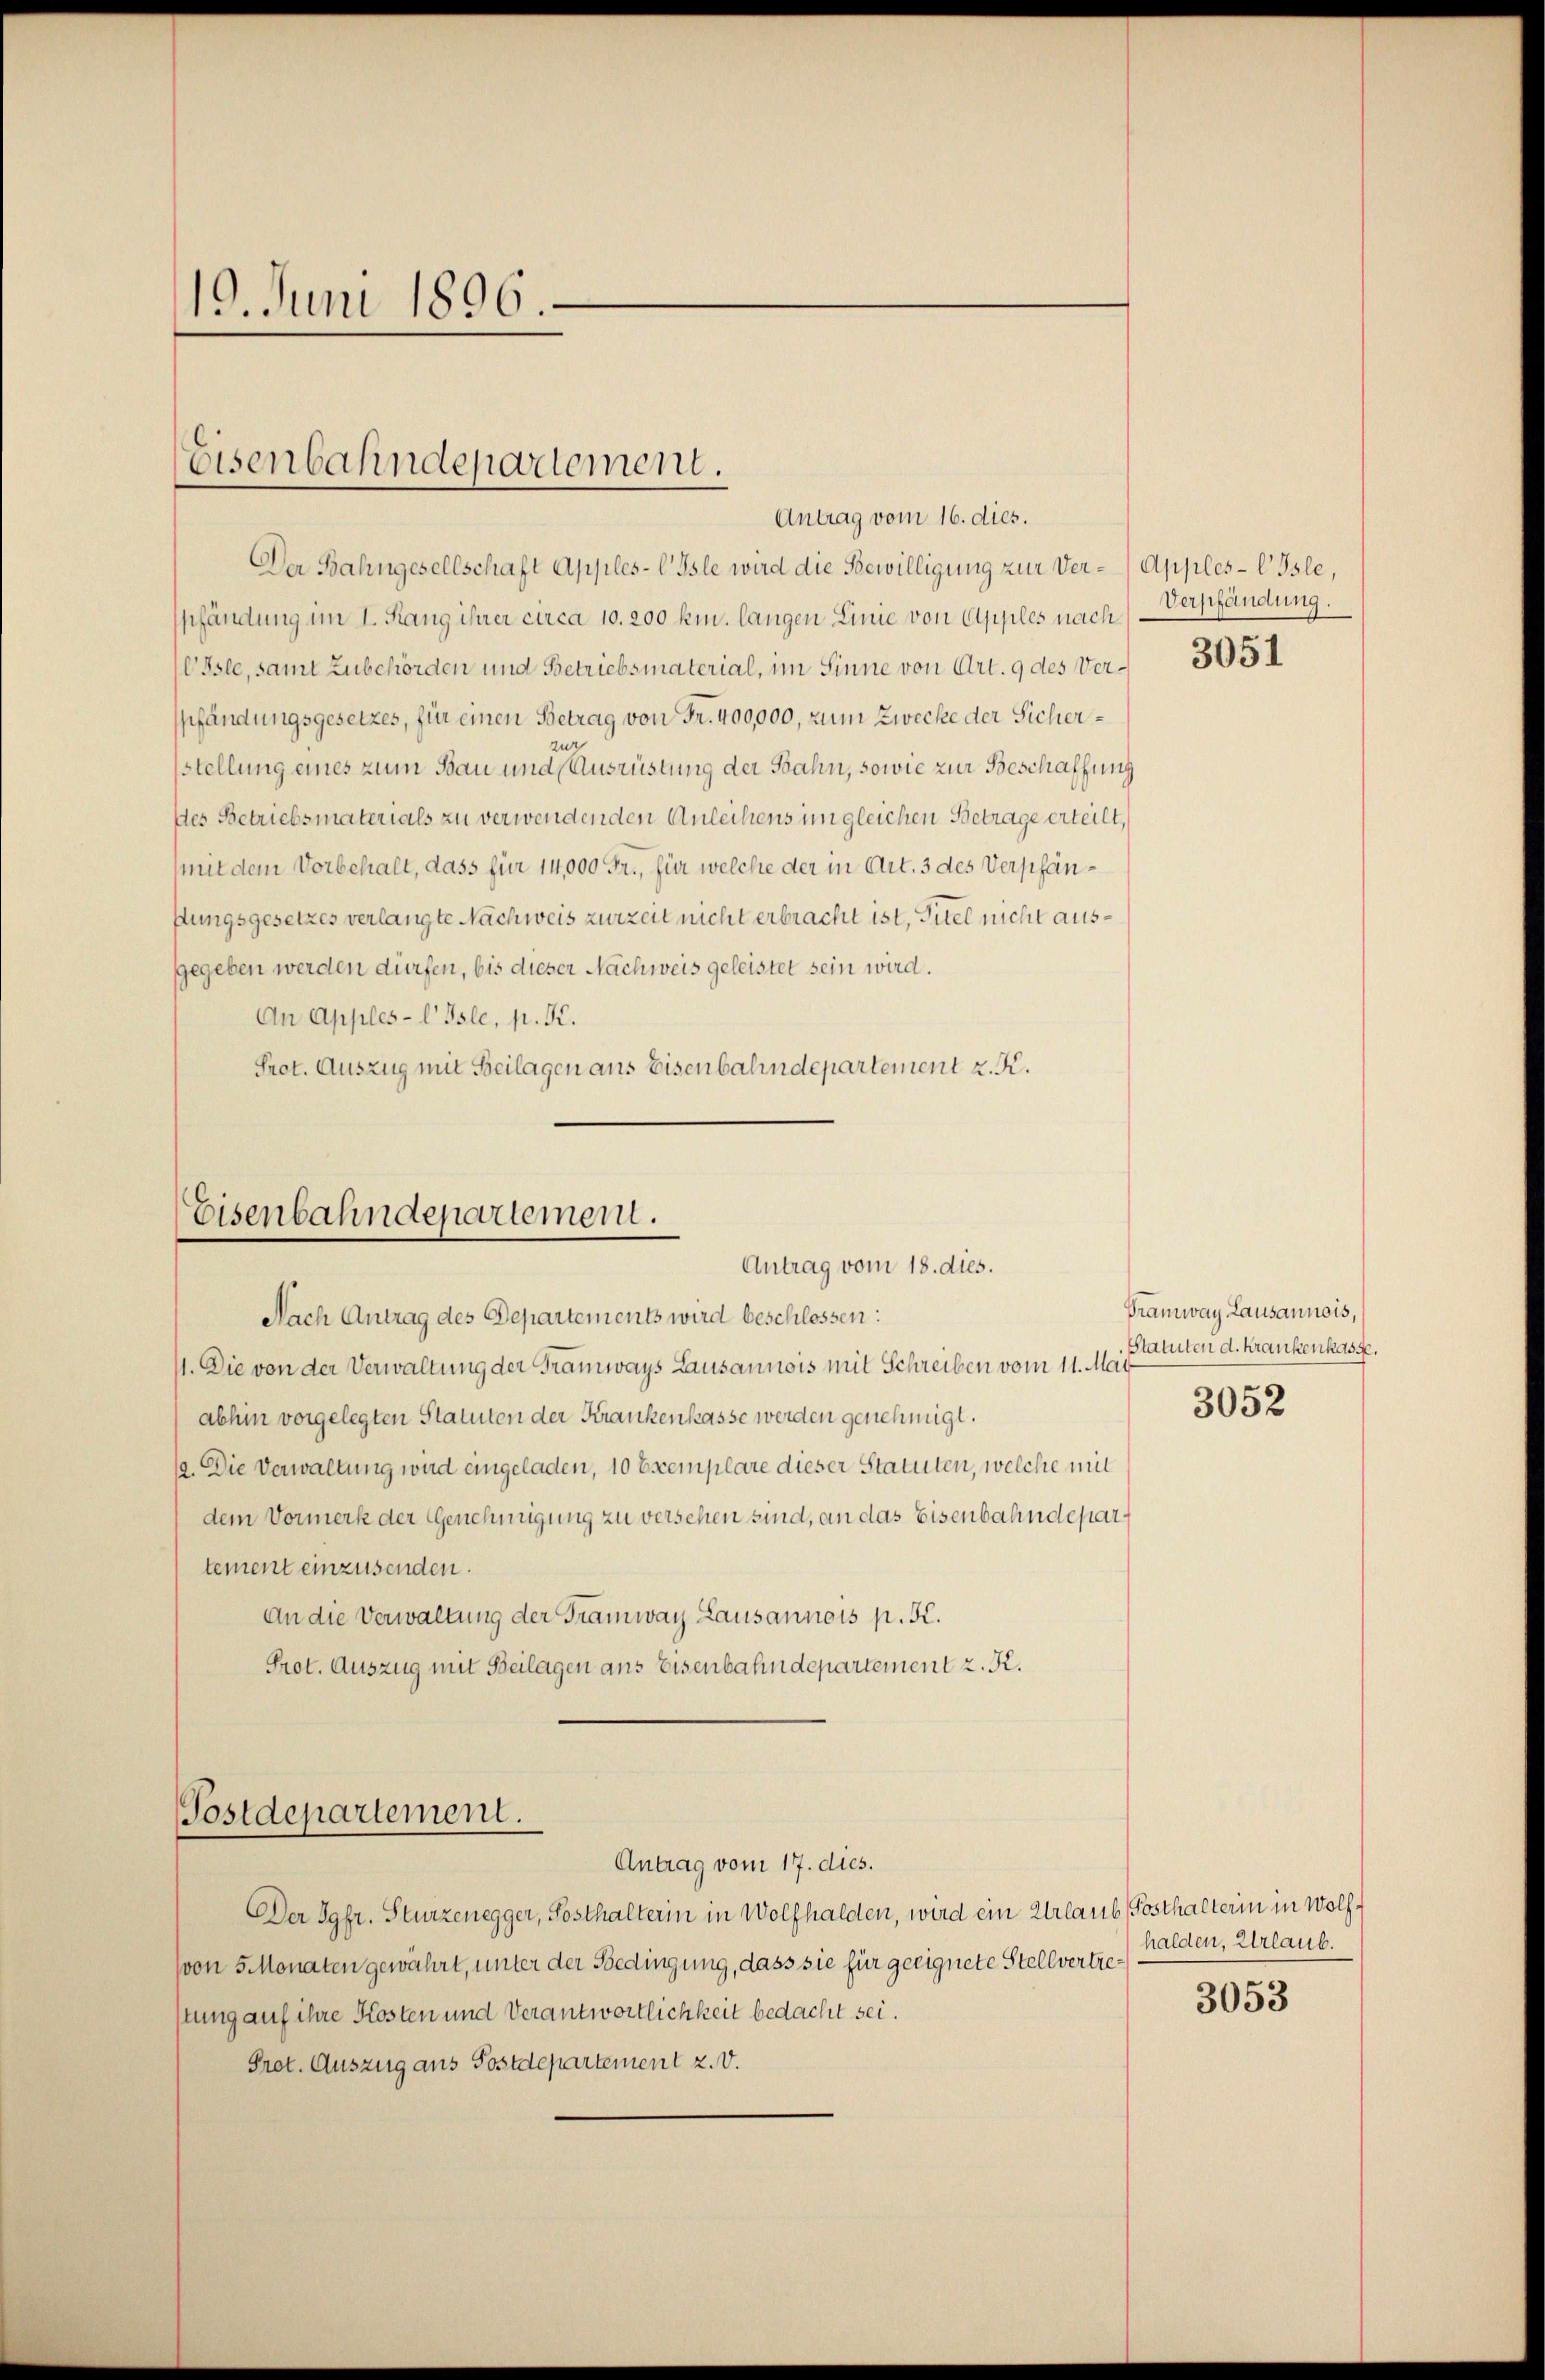
19. Juni 1896.

Eisenbahndepartement.
Antrag vom 16. dies.

Der Bahngesellschaft Apples-CIsle wird die Bewilligung zur Ver-Apples-CIsle,
spfändung im I. Rang ihrer circa 10. 200 km. langen Linie von Apples nach
Isle, samt Zubehörden und Betriebsmaterial, im Sinne von Art. 9 des Verpfändungsgesetzes, für einen Betrag von Fr. 400,000, zum Zwecke der Sicherzur
stellung eines zum Bau und Ausrüstung der Bahn, sowie zur Beschaffung
des Betriebsmaterials zu verwendenden Anleihens im gleichen Betrage erteilt,
mit dem Vorbehalt, dass für 14,000 Fr., für welche der in Art. 3 des Verpfänstungsgesetzes verlangte Nachweis zurzeit nicht erbracht ist, Titel nicht ausgegeben werden dürfen, bis dieser Nachweis geleistet sein wird.
An Apples-l Isle, p. K.
Prot. Auszug mit Beilagen aus Eisenbahndepartement z. K.

Nach Antrag des Departements wird beschlossen:
1. Die von der Verwaltung der Tramways Lausannois mit Schreiben vom 11. Mär
abhin vorgelegten Statuten der Krankenkasse werden genehmigt.
12. Die Verwaltung wird eingeladen, 10 Exemplare dieser Statuten, welche mit
dem Vormerk der Genehmigung zu versehen sind, an das Eisenbahndepartement einzusenden.
An die Verwaltung der Tramway Lausannois p. K.
Prot. Auszug mit Beilagen ans Eisenbahndepartement z. K.
Postdepartement.
Antrag vom 17. dies.
Der Jgfr. Sturzenegger, Posthalterin in Wolfhalden, wird ein Urlaub (Posthalterin in Wolf¬
(von 5 Monaten gewährt, unter der Bedingung, dass sie für geeignete Stellvertrestung auf ihre Kosten und Verantwortlichkeit bedacht sei.
Prot. Auszug aus Postdepartement z. v.

Eisenbahndepartement.
Antrag vom 18. dies.

Verpfändung.

3051

Pramway Lausannois,
Statuten d. krankenkasse.
3052

halden, Urlaub.

3053